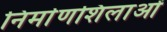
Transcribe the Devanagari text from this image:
निर्माणशिलाओं